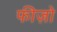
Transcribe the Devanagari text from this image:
फीज़ो